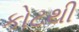
કોટથી